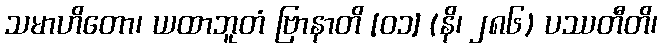
သမာဟိတော၊ ယထာဘူတံ ဗြာနာတိ [၀၁] (နိ၊ ၂၈၆) ပဿတီတိ၊